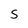
Character: S